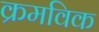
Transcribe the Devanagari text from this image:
क्रमविक